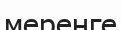
меренге